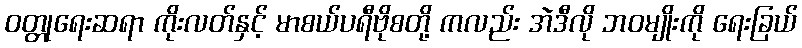
ဝတ္တုရေးဆရာ ကိုးလတ်နှင့် မာစယ်ပရီဗိုစတို့ ကလည်း အဲဒီလို ဘဝမျိုးကို ရေးခြယ်